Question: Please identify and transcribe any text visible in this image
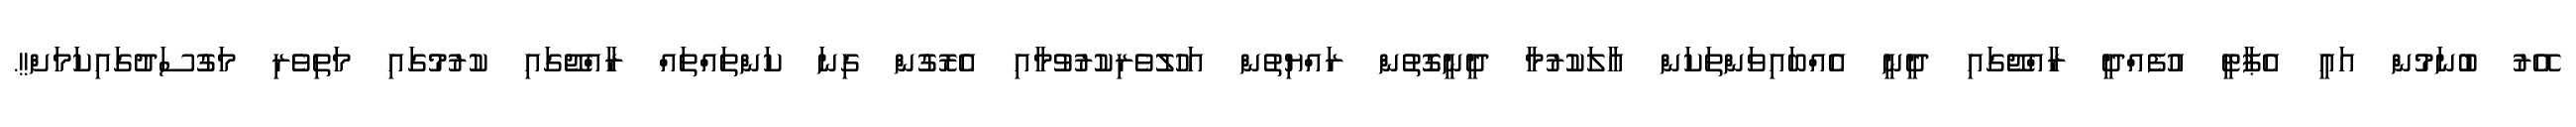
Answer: އޭރު ބުނަމުން އައީ އެޕާޓީ އުފެއްދީ ރާއްޖޭގައި ދީނީ އެއްބައިވަންތަކަން އާލަކުރުމާ ދީނީގޮތުން ރައްޔިތުން އަހުލުވެރިކުރުވުމާއި އެރޮގުން ގިނަ ކަންތައްތައް ރާއްޖޭގައި ކުރުމުގައި މަތިވެރި މަގުސަދުގައިކަމަށް!!.